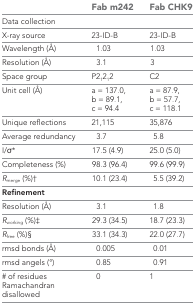
|  | Fab m242 | Fab CHK9 |
 | --- | --- | --- |
 | Data collection |  |  |
 | X-ray source | 23-ID-B | 23-ID-B |
 | Wavelength (Å) | 1.03 | 1.03 |
 | Resolution (Å) | 3.1 | 3 |
 | Space group | P21212 | C2 |
 | Unit cell (Å) | a = 137.0, b = 89.1, c = 94.4 | a = 87.9, b = 57.7, c = 118.1 |
 | Unique reflections | 21,115 | 35,876 |
 | Average redundancy | 3.7 | 5.8 |
 | I/σ* | 17.5 (4.9) | 25.0 (5.0) |
 | Completeness (%) | 98.3 (96.4) | 99.6 (99.9) |
 | Rmerge (%)† | 10.1 (23.4) | 5.5 (39.2) |
 | Refinement |  |  |
 | Resolution (Å) | 3.1 | 1.8 |
 | Rworking (%)‡ | 29.3 (34.5) | 18.7 (23.3) |
 | Rfree (%)§ | 33.1 (34.3) | 22.0 (27.7) |
 | rmsd bonds (Å) | 0.005 | 0.01 |
 | rmsd angels (°) | 0.85 | 0.91 |
 | # of residues Ramachandran disallowed | 0 | 1 |